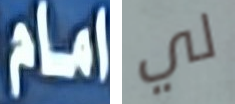
امام لي